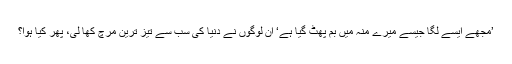
’مجھے ایسے لگا جیسے میرے منہ میں بم پھٹ گیا ہے‘ ان لوگوں نے دنیا کی سب سے تیز ترین مرچ کھا لی، پھر کیا ہوا؟